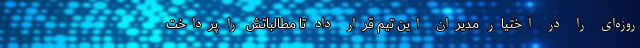
روزه‌ای را در اختیار مدیران این تیم قرار داد تا مطالباتش را پرداخت